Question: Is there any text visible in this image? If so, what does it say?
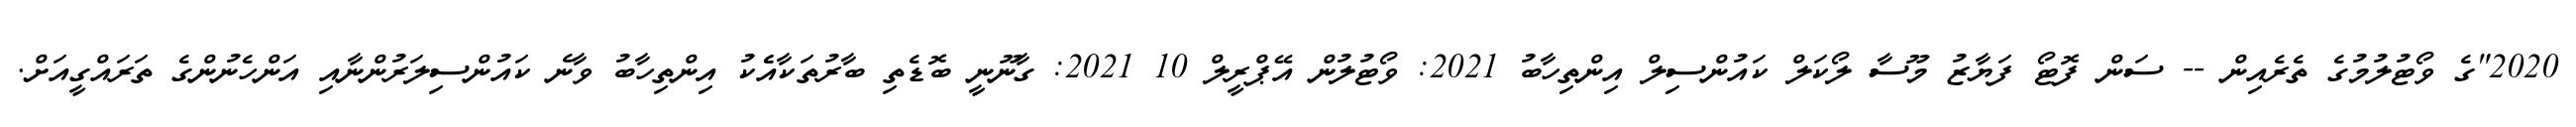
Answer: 2020"ގެ ވޯޓުލުމުގެ ތެރެއިން -- ސަން ފޮޓޯ ފަޔާޒު މޫސާ ލޯކަލް ކައުންސިލް އިންތިހާބު 2021: ވޯޓުލުން އޭޕްރީލް 10 2021: ގާނޫނީ ބޮޑެތި ބާރުތަކާއެެކު އިންތިހާބު ވާނެ ކައުންސިލަރުންނާއި އަންހެނުންގެ ތަރައްގީއަށް.